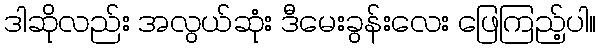
ဒါဆိုလည်း အလွယ်ဆုံး ဒီမေးခွန်းလေး ဖြေကြည့်ပါ။